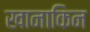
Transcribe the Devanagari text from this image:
खानाकिन